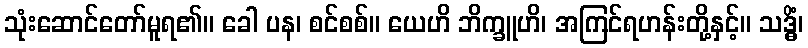
သုံးဆောင်တော်မူရ၏။ ခေါ ပန၊ စင်စစ်။ ယေဟိ ဘိက္ခူဟိ၊ အကြင်ရဟန်းတို့နှင့်။ သဒ္ဓိံ၊